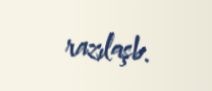
razılaşb.